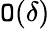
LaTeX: \mathtt{O}(\delta)